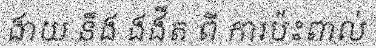
ងាយ នឹង ងងឹត ពី ការប៉ះពាល់